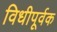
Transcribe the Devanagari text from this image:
विधीपूर्वक